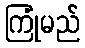
ကြုံမည်